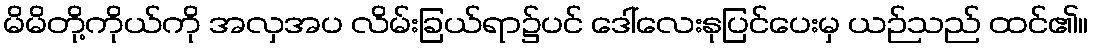
မိမိတို့ကိုယ်ကို အလှအပ လိမ်းခြယ်ရာ၌ပင် ဒေါ်လေးနုပြင်ပေးမှ ယဉ်သည် ထင်၏။